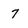
Character: 7